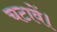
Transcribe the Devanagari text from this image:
चटावें।